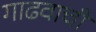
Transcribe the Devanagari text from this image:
गाढवाची